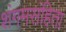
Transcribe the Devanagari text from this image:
शंगमसंहिता